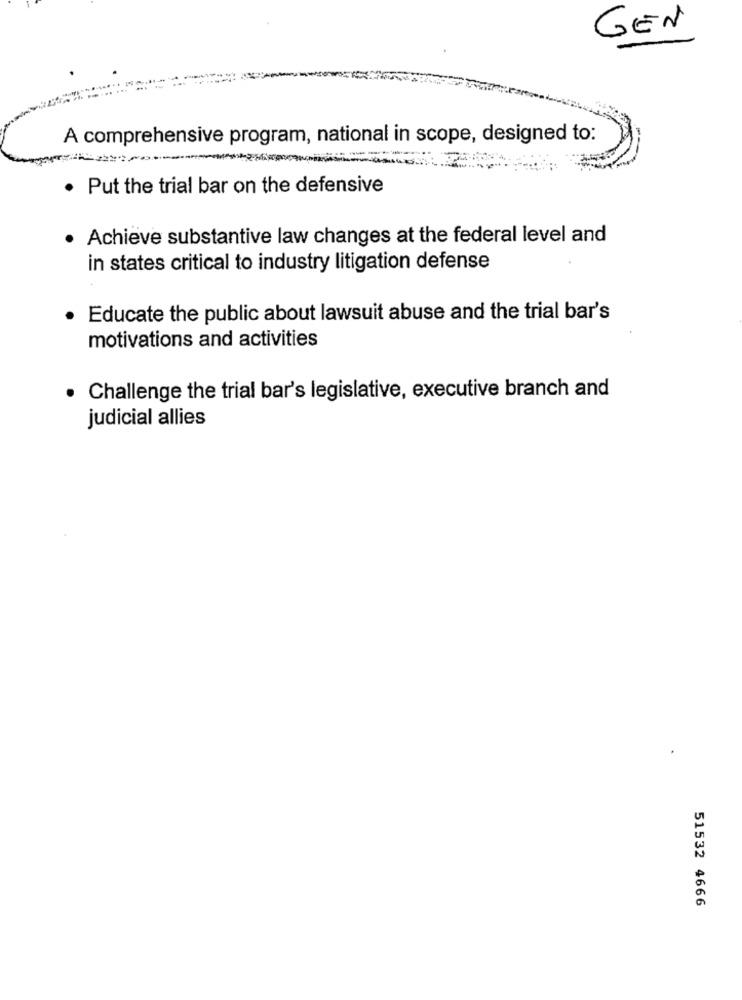
GEN
A comprehensive program, national in scope, designed to:
. Put the trial bar on the defensive
· Achieve substantive law changes at the federal level and
in states critical to industry litigation defense
Educate the public about lawsuit abuse and the trial bar's
motivations and activities
. Challenge the trial bar's legislative, executive branch and
judicial allies
51532 4666